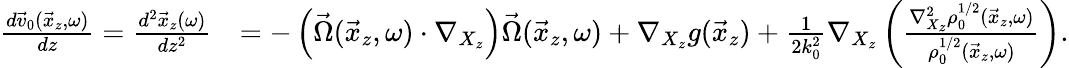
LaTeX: \begin{array}{rl}{\frac{d\vec{v}_{0}(\vec{x}_{z},\omega)}{dz}=\frac{d^{2}\vec{x}_{z}(\omega)}{dz^{2}}}&{=-\left(\vec{\Omega}(\vec{x}_{z},\omega)\cdot\nabla_{X_{z}}\right)\vec{\Omega}(\vec{x}_{z},\omega)+\nabla_{X_{z}}g(\vec{x}_{z})+\frac{1}{2k_{0}^{2}}\nabla_{X_{z}}\left(\frac{\nabla_{X_{z}}^{2}\rho_{0}^{1/2}(\vec{x}_{z},\omega)}{\rho_{0}^{1/2}(\vec{x}_{z},\omega)}\right).}\end{array}